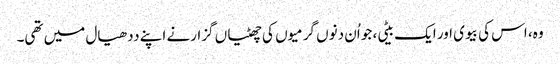
وہ، اس کی بیوی اور ایک بیٹی، جو اُن دنوں گرمیوں کی چھٹیاں گزارنے اپنے ددھیال میں تھی۔